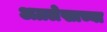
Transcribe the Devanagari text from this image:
अग्रलेखाच्या